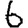
Digit: 6